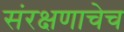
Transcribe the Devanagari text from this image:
संरक्षणाचेच